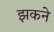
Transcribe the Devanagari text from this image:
झकने